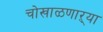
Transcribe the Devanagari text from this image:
चोखाळणाऱ्या